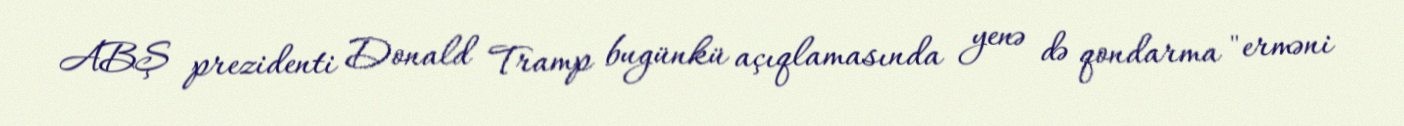
ABŞ prezidenti Donald Tramp bugünkü açıqlamasında yenə də qondarma "erməni